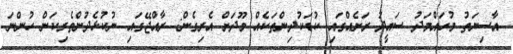
އާސިޔަތު މުހައްމަދު ސައީދު ރަށެއްގައި ކުޑަކުދިންތަކެއް މޫދަށް އެރިގެން: ރާއްޖޭގައި ނުކުޅެދުންތެރިކަން ހުންނަ